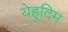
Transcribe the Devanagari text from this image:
येहूदिम